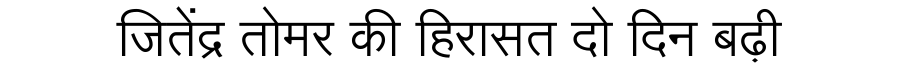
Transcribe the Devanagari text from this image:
जितेंद्र तोमर की हिरासत दो दिन बढ़ी